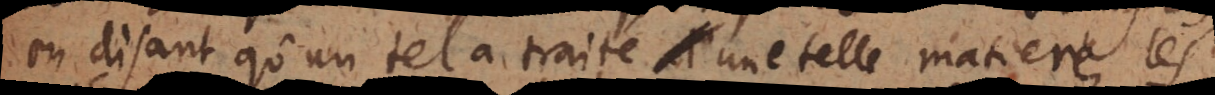
en disant qu’un tel a traité une telle matiere, les